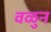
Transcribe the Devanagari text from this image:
वळुन